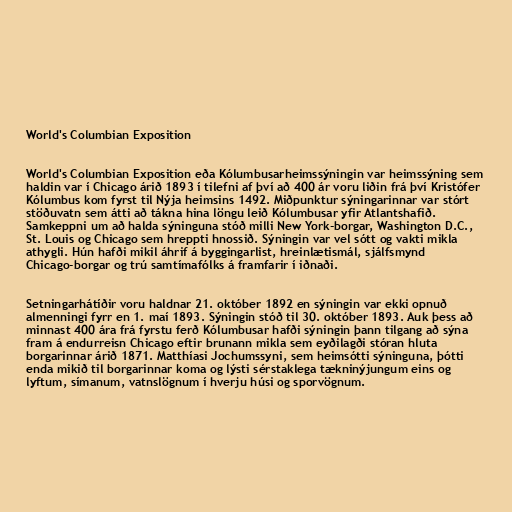
World's Columbian Exposition

World's Columbian Exposition eða Kólumbusarheimssýningin var heimssýning sem
haldin var í Chicago árið 1893 í tilefni af því að 400 ár voru liðin frá því Kristófer
Kólumbus kom fyrst til Nýja heimsins 1492. Miðpunktur sýningarinnar var stórt
stöðuvatn sem átti að tákna hina löngu leið Kólumbusar yfir Atlantshafið.
Samkeppni um að halda sýninguna stóð milli New York-borgar, Washington D.C.,
St. Louis og Chicago sem hreppti hnossið. Sýningin var vel sótt og vakti mikla
athygli. Hún hafði mikil áhrif á byggingarlist, hreinlætismál, sjálfsmynd
Chicago-borgar og trú samtímafólks á framfarir í iðnaði.

Setningarhátíðir voru haldnar 21. október 1892 en sýningin var ekki opnuð
almenningi fyrr en 1. maí 1893. Sýningin stóð til 30. október 1893. Auk þess að
minnast 400 ára frá fyrstu ferð Kólumbusar hafði sýningin þann tilgang að sýna
fram á endurreisn Chicago eftir brunann mikla sem eyðilagði stóran hluta
borgarinnar árið 1871. Matthíasi Jochumssyni, sem heimsótti sýninguna, þótti
enda mikið til borgarinnar koma og lýsti sérstaklega tækninýjungum eins og
lyftum, símanum, vatnslögnum í hverju húsi og sporvögnum.